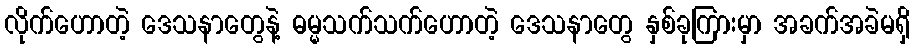
လိုက်ဟောတဲ့ ဒေသနာတွေနဲ့ ဓမ္မသက်သက်ဟောတဲ့ ဒေသနာတွေ နှစ်ခုကြားမှာ အခက်အခဲမရှိ